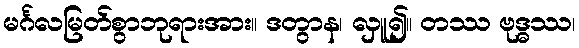
မင်္ဂလမြတ်စွာဘုရားအား။ ဒတွာန၊ လှူ၍။ တဿ ဗုဒ္ဓဿ၊